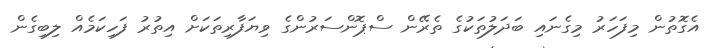
އެގޮތުން މިފަހަރު މިގެނައި ބަދަލުތަކުގެ ތެރޭން ސްޕޮންސަރުންގެ ވިޔަފާރިތަކަށް އިތުރު ފަހިކަމެއް ލިބިގެން